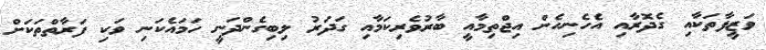
ވަޒީފާތަކާއި ގެދޮރާއި އެހެނިހެން އިޖްތިމާއީ ބާރުވެރިކަމާއި ގަދަރު ލިބިގެންދަނީ ހަމައެކަނި ވަކި ފަރާތްތަކަށް